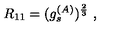
R _ { 1 1 } = ( g _ { s } ^ { ( A ) } ) ^ { \frac { 2 } { 3 } } \ ,